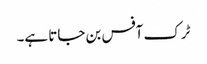
ٹرک آفس بن جاتا ہے۔